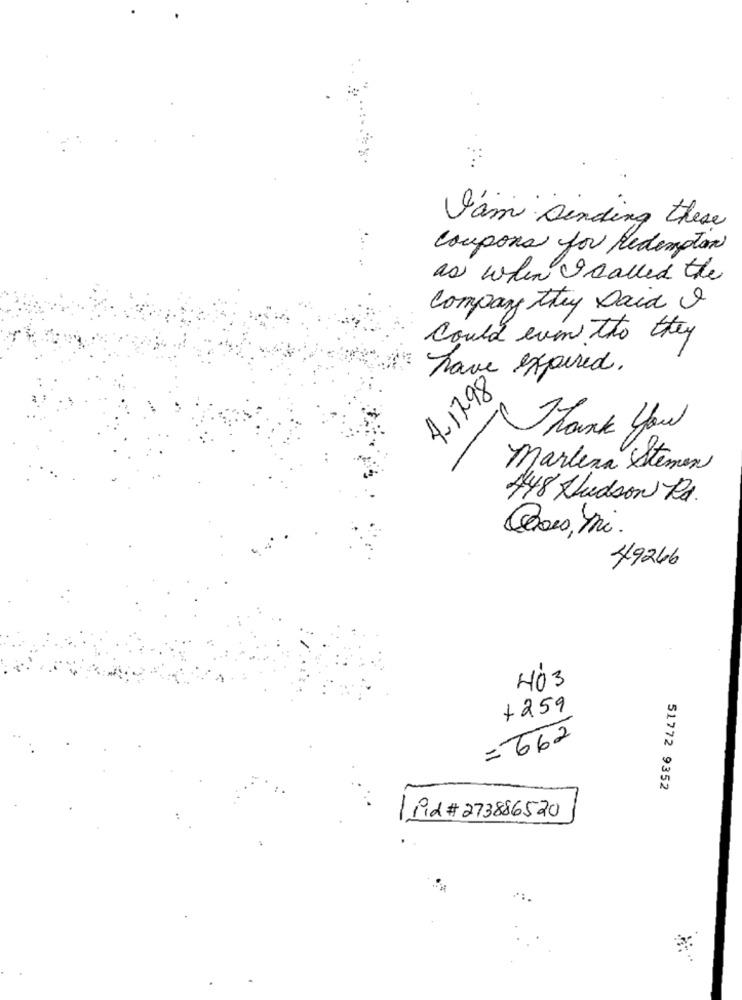
Iam Sending these
coupons for Redemption
as when I called the
Company they Said I
Could even the they
have expired.
4-1798
Thank You
marlena Stemen
448 Hudson Rd.
49246
403
+259
= 662
51772 9352
Pid # 273886520